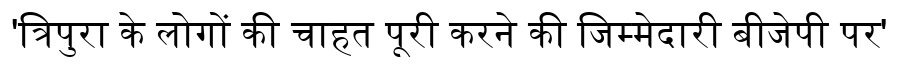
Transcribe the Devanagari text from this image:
'त्रिपुरा के लोगों की चाहत पूरी करने की जिम्मेदारी बीजेपी पर'